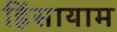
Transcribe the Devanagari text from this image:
हिंसायाम